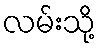
လမ်းသို့